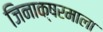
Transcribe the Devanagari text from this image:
जिनाक्षरमाला